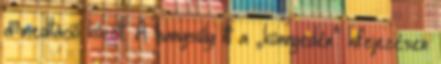
a meditáció között. A hangsúly itt a „könnyedén” kifejezésen